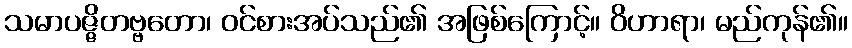
သမာပဇ္ဇိတဗ္ဗတော၊ ဝင်စားအပ်သည်၏ အဖြစ်ကြောင့်။ ဝိဟာရာ၊ မည်ကုန်၏။